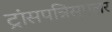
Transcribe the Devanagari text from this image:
ट्रांसपन्निसुएलर